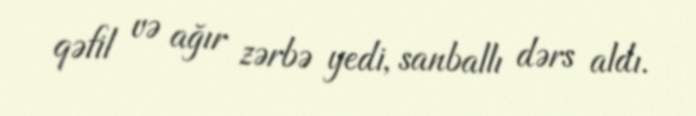
qəfil və ağır zərbə yedi, sanballı dərs aldı.